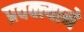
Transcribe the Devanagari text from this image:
प्रवक्त्याने